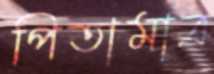
পিতামাত্র